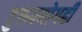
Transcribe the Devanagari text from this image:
दुरुपयोगही